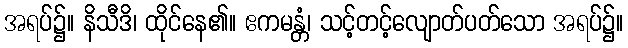
အရပ်၌။ နိသီဒိ၊ ထိုင်နေ၏။ ဧကမန္တံ၊ သင့်တင့်လျောတ်ပတ်သော အရပ်၌။